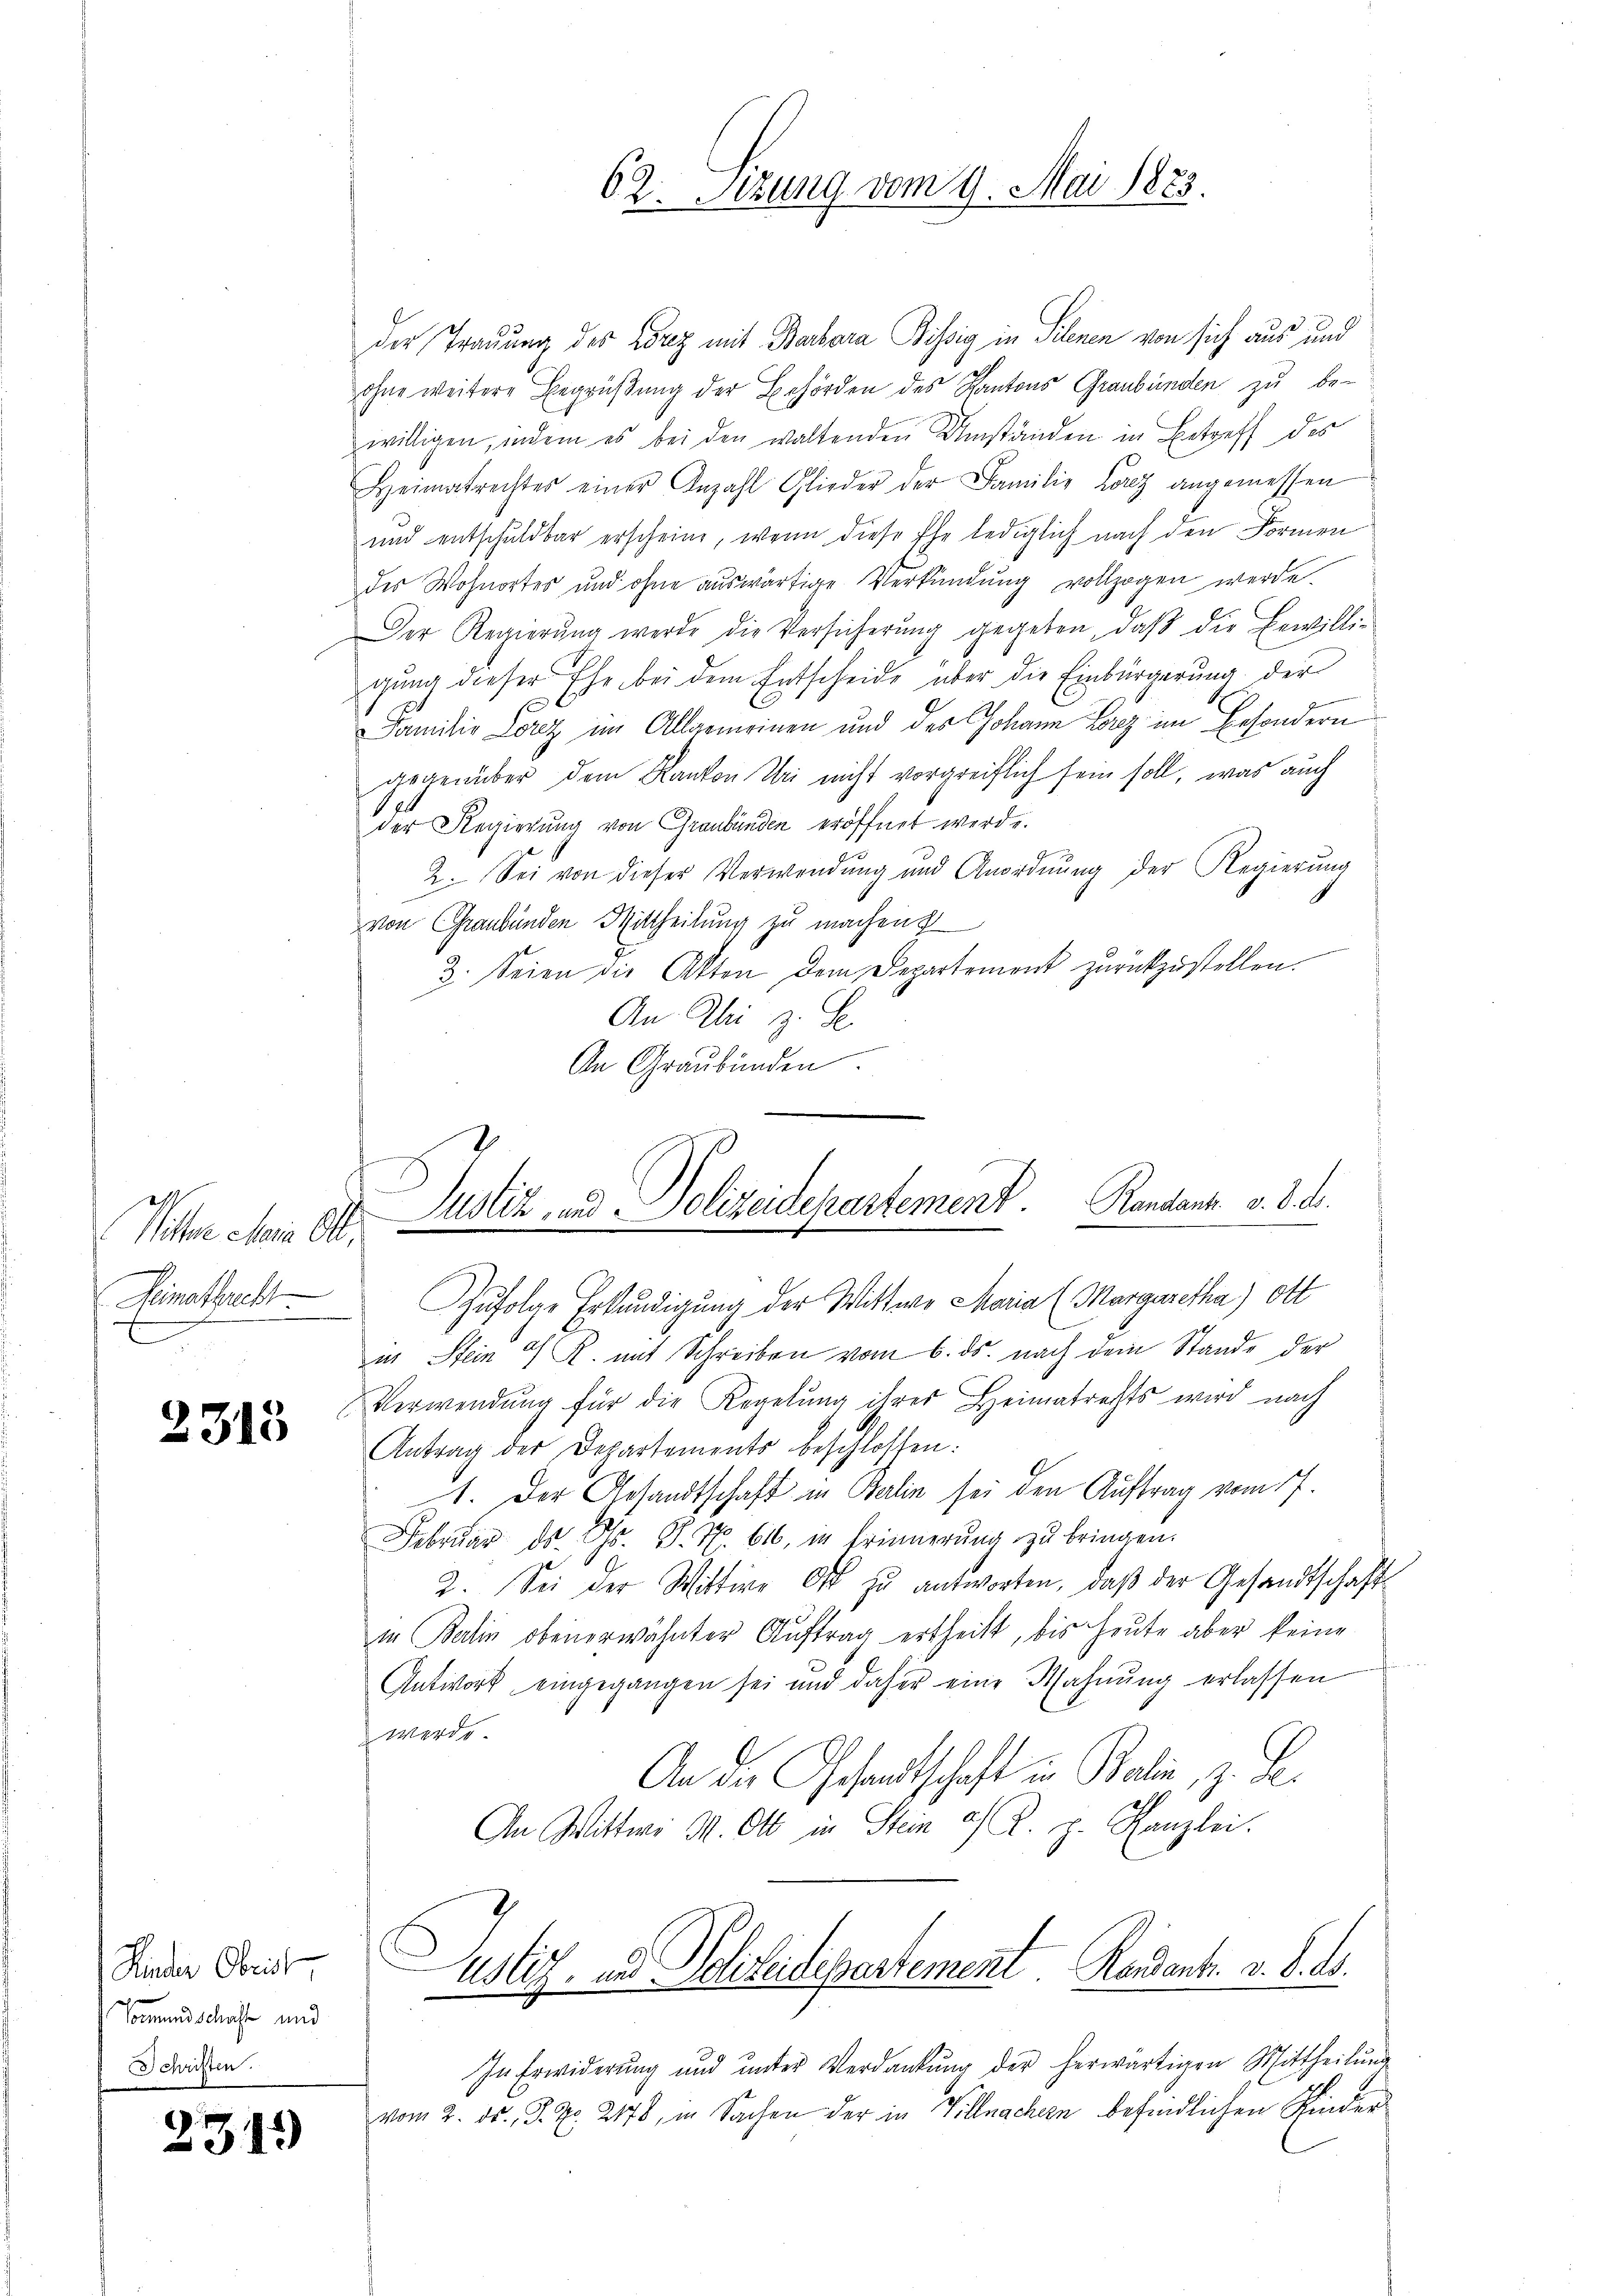
Pitter charin Ott,
Heimathrecht

2313

der Trauung des Wirz mit Barbara Bisig in Silenen von sich aus und
ohne weitere Begrüßung der Behörden des Kantons Graubünden zu be-
willigen, indem es bei den waltenden Umständen in Betreff des
Heimatrechtes einer Anzahl Glieder der Familie Lorez angemessen
und entschuldbar erscheine, wenn diese Ehe lediglich nach den Formen
des Wohnortes und ohne auswärtige Verkündung vollzogen werde.
Der Regierŭng werde die Versicherŭng gegeben, daβ die Bewilli-
gung dieser Ehe bei dem Entscheide über die Einbürgerung der
Familie Lorez im Allgemeinen und der Johann Lanz im Besondern
gegenüber dem Kanton Uri nicht vorgreiflich sein soll, was auch
der Regierung von Graubünden eröffnet werde.
2. Sei von dieser Verwendung und Anordnung der Regierung
von Graubünden Mittheilung zu machen
3. Seien die Akten dem Departement zurückzustellen.
An Ali z. S.
An Graubünden

Kinder Obrig
Vormundschaft und
Schriften.

2319

62. Sizung vom 9. Mai 1823.

Justiz- u. Polizeidepartement. Randant. v. d. d.

Zufolge Erkundigung der Wittwe Maria (Margaretha) ott
u. Stein 9 R. mit Schreiben vom 6. ds. nach dem Stande der
Verwendung für die Regelung ihrer Heimatrechts wird nach
Antrag der Departements beschlossen:
1. Der Gesandtschaft in Balin sei den Auftrag vom 17.
Februar ds. Gs. S. Nr. 616, in Erinnerŭng zŭ bringen.
2. Sei der Wittwe Ort zu antworten, daβ der Gesandtschafts
17
in Balin obenerwähnter Auftrag ertheilt, bis heute aber keine
Antwort eingegangen sei und daher eine Wahnŭng erlassen
werde.
An die Gesandtschaft in Balin, z. Sei
An Wittwe M. Ott in Stein a/A. H. Hanzlei.
ustiz, und Polizeidepartement Randent. v. 8. ds.
In Erwiderung und unter Verdankŭng der herwärtigen Mittheilŭng
vom 2. ds., S. R. 2178, in Sachen der in Villnachern befindlichen Kinder